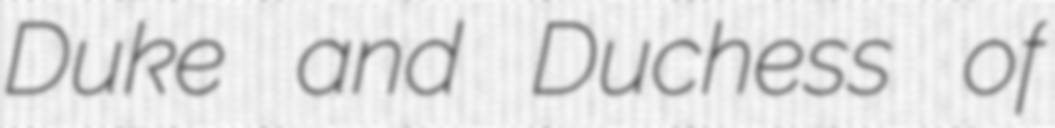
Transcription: Duke and Duchess of